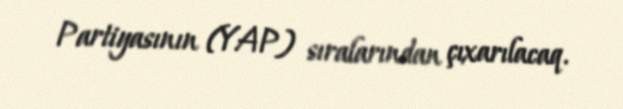
Partiyasının (YAP) sıralarından çıxarılacaq.